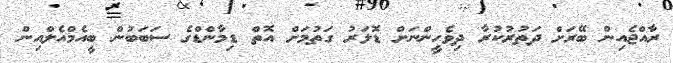
ރާއްޖެއިން ބޭރަށް ދަތުރުކުރާ ދިވެހީންނަށް ޑޮލަރު ގަތުމަށް އޮތް ޑިމާންޑްގެ ސަބަބުން ބީއެމްއެލްއިން